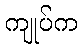
ကျုပ်က